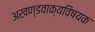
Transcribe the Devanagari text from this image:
अखण्डवाक्यविषयक